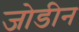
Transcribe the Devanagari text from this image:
जोडीन